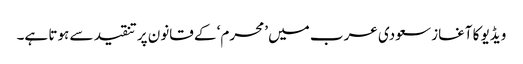
ویڈیو کا آغاز سعودی عرب میں ’محرم‘ کے قانون پر تنقید سے ہوتا ہے۔